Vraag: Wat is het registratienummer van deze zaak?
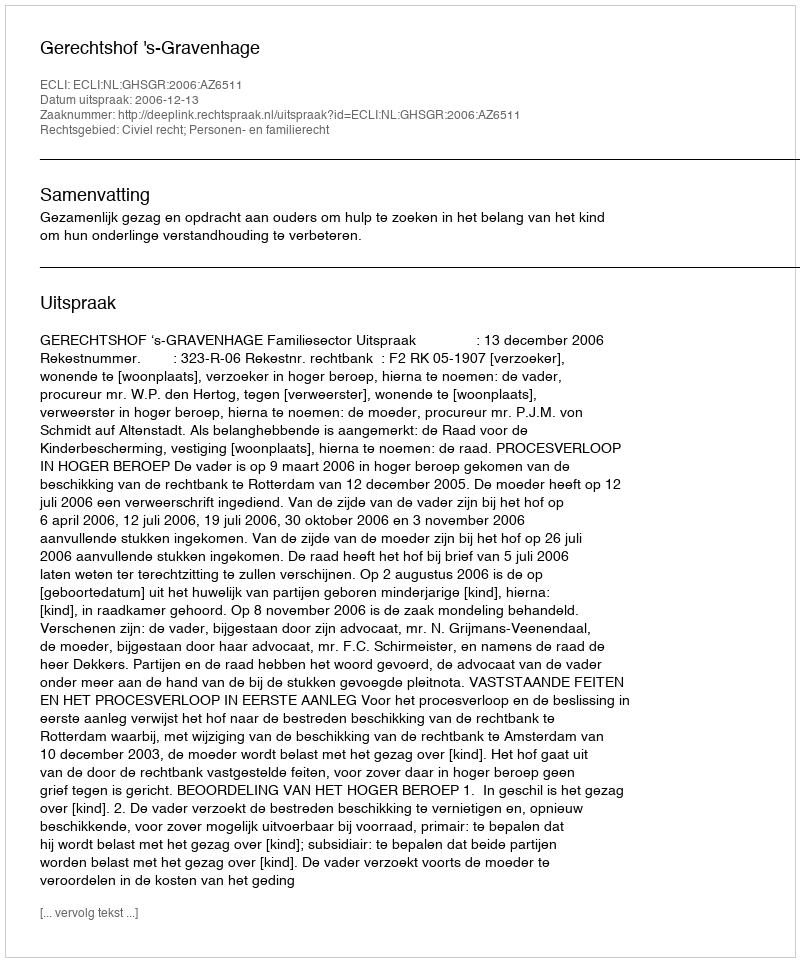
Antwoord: http://deeplink.rechtspraak.nl/uitspraak?id=ECLI:NL:GHSGR:2006:AZ6511